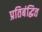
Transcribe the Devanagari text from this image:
प्रतिबंद्धित